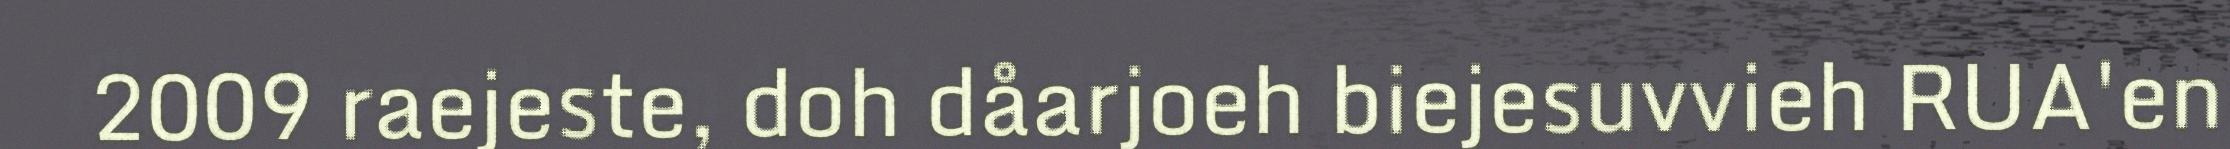
2009 raejeste, doh dåarjoeh biejesuvvieh RUA'en